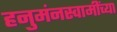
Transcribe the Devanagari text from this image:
हनुमंनस्वामींच्या